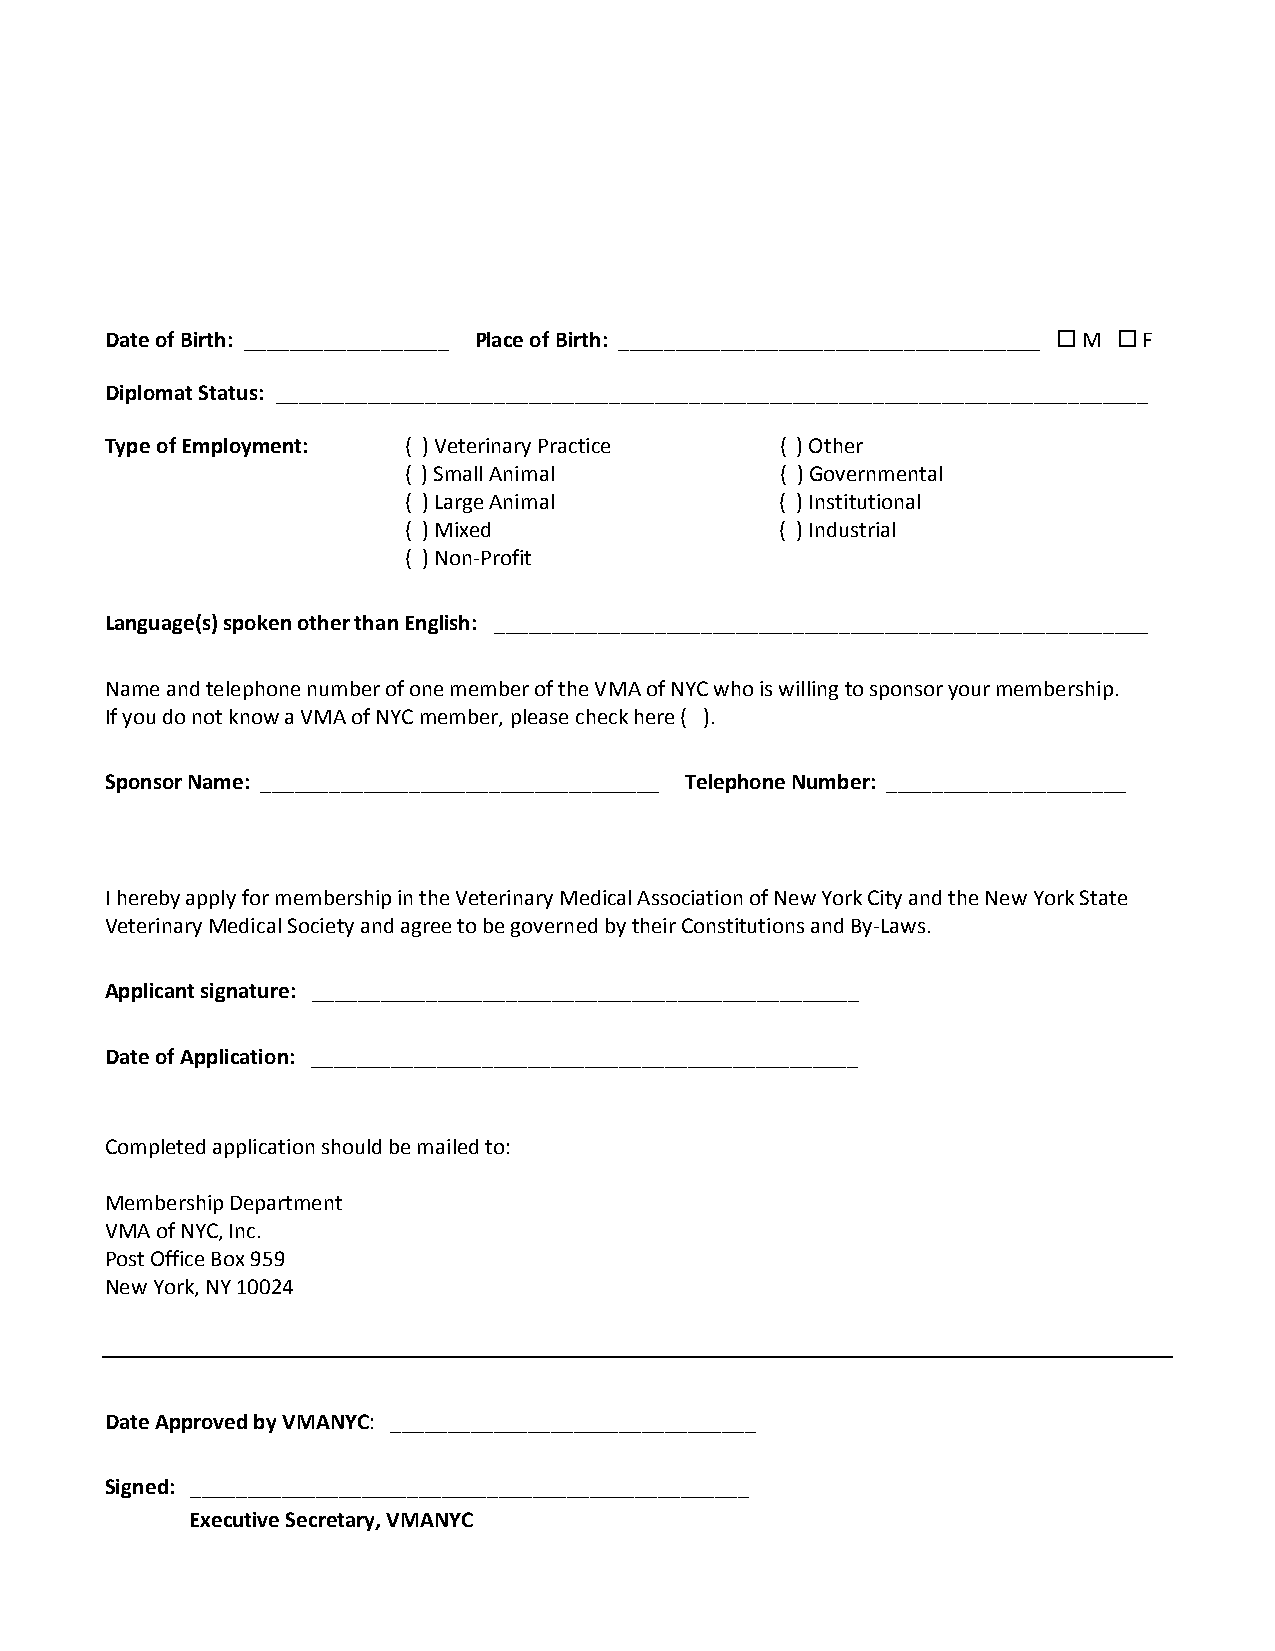
Date of Birth: __________________ Place of Birth: _____________________________________ � M � F
 Diplomat Status: ____________________________________________________________________________
 Type of Employment: ( ) Veterinary Practice  ( ) Other
 ( ) Small Animal         ( ) Governmental
 ( ) Large Animal         ( ) Institutional
 ( ) Mixed                ( ) Industrial
 ( ) Non­Profit
 Language(s) spoken other than English: _________________________________________________________
 Name and telephone number of one member of the VMA of NYC who is willing to sponsor your membership.
 If you do not know a VMA of NYC member, please check here ( ).
 Sponsor Name: ___________________________________ Telephone Number: _____________________
 I hereby apply for membership in the Veterinary Medical Association of New York City and the New York State
 Veterinary Medical Society and agree to be governed by their Constitutions and By­Laws.
 Applicant signature: ________________________________________________
 Date of Application: ________________________________________________
 Completed application should be mailed to:
 Membership Department
 VMA of NYC, Inc.
 Post Office Box 959
 New York, NY 10024
 Date Approved by VMANYC: ________________________________
 Signed: _________________________________________________
 Executive Secretary, VMANYC